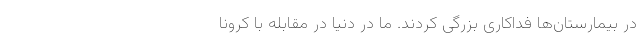
در بیمارستان‌ها فداکاری بزرگی کردند. ما در دنیا در مقابله با کرونا